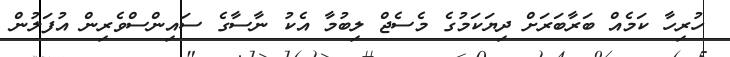
ހުރިހާ ކަމެއް ބަރާބަރަށް ދިޔަކަމުގެ މެސެޖް ލިބުމާ އެކު ނާސާގެ ސައިންސްވެރިން އުފަލުން